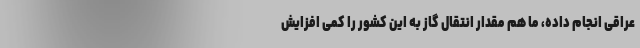
عراقی انجام داده، ما هم مقدار انتقال گاز به این کشور را کمی افزایش